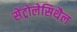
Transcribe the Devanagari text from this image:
सेंट्रोलेसिथैल